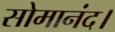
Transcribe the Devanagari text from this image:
सोमानंद।